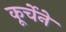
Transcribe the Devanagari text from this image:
कूर्चेने